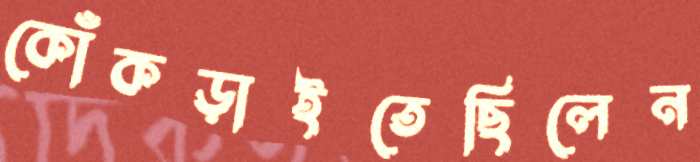
কোঁকড়াইতেছিলেন